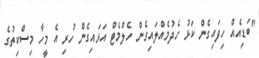
"ބަޑިއެއް ހިފައިގެން ކަޅު ހެދުމެއްލައިގެން ހެލްމެޓް އަޅައިގެން ހުރި އެ މީހާ މިސްކިތުގެ